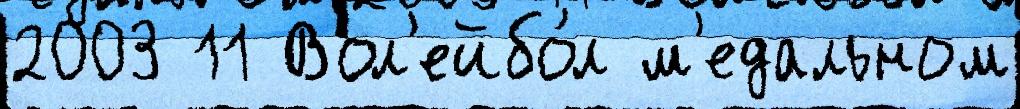
2003 11 Вол'ейбо́л м'едальном